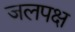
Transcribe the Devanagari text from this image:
जलपक्ष